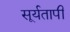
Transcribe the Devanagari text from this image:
सूर्यतापी